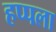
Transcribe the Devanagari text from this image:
हप्पला